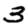
Digit: 3